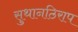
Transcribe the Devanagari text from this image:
सुथानठिराप